Indian journal of veterinary science and animal husbandry - Volumes 28-29, 1958-1959
Year: 1958
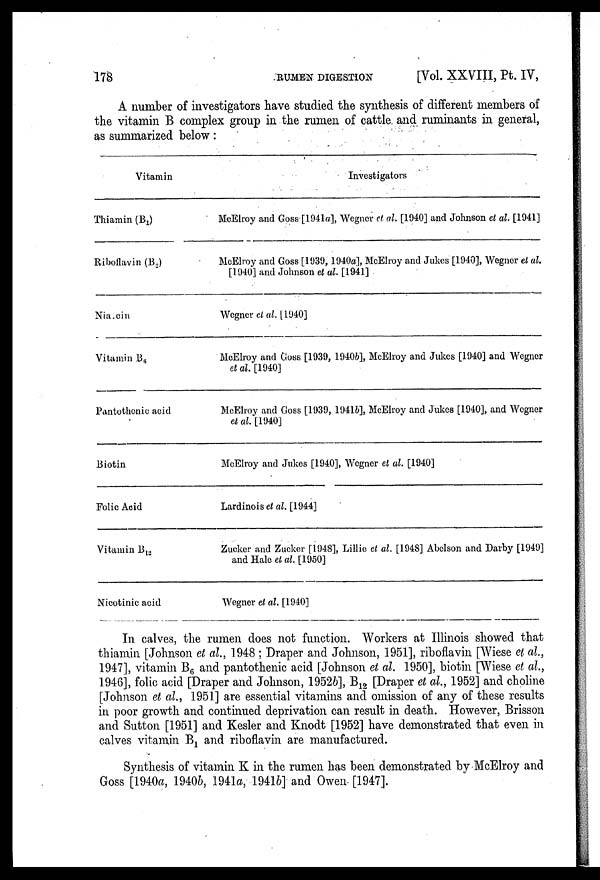
178
RUMEN
DIGESTION
[Vol. XXVIII, Pt. IV,
A number of investigators have studied the synthesis of different members of
the vitamin B complex group in the rumen of cattle and ruminants in general,
as summarized below:
Vitamin
Thiamin (B 1 )
Riboflavin (B 2 )
Nia. cin
Vitamin B 6
Pantothenic acid
Biotin
Folic Acid
Vitamin B 12
Nicotinic acid
Investigators
McElroy and Goss [1941a], Wegner et al. [1940] and Johnson el al. [1941]
MoElroy and Goss [1939, 1940a], McElroy and Jukes [1940], Wegner et al.
[1940] and Johnson et al. [1941]
Wegner el al. [1940]
McElroy and Goss [1939, 1940b], McElroy and Jukes [1940] and Wegner
et al. [1940]
McElroy and Goss [1939, 1941b], McElroy and Jukes [1940], and Wegner
et al. [1940]
McElroy and Jukes [1940], Wegner et al. [1940]
Lardinois et al. [1944]
Zucker and Zucker [1948], Lillie et al. [1948] Abelson and Darby [1949]
and Hale et al. [1950]
Wegner et al. [1940]
In calves, the rumen does not function. Workers at Illinois showed that
thiamin [Johnson et al., 1948 ; Draper and Johnson, 1951], riboflavin [Wiese et al.,
1947], vitamin B 6 and pantothenic acid [Johnson et al. 1950], biotin [Wiese et al.,
1946], folic acid [Draper and Johnson, 1952b], B 12 [Draper et al., 1952] and choline
[Johnson et al., 1951] are essential vitamins and omission of any of these results
in poor growth and continued deprivation can result in death. However, Brisson
and Sutton [1951] and Kesler and Knodt [1952] have demonstrated that even in
calves vitamin B 1 and riboflavin are manufactured.
Synthesis of vitamin K in the rumen has been demonstrated by McElroy and
Goss [1940a, 1940b, 1941a, 1941b] and Owen [1947].